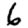
Digit: 6